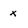
Character: x